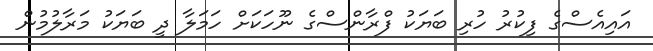
އައިއެސްގެ ފިކުރު ހުރި ބަޔަކު ފްރާންސްގެ ނޫހަކަށް ހަމަލާ ދީ ބަޔަކު މަރާލުމުން